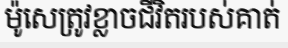
ម៉ូសេត្រូវខ្លាចជីវិតរបស់គាត់